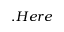
. H e r e